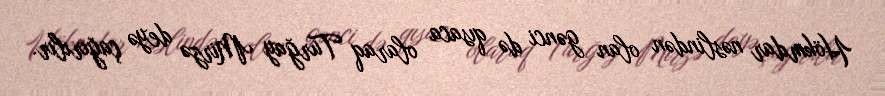
Hökmdar nəslindən olan gənci də qısaca olaraq Turğay Mirzə deyə çağırılır.